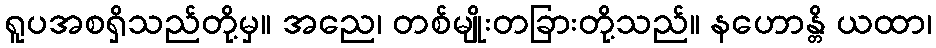
ရူပအစရှိသည်တို့မှ။ အညေ၊ တစ်မျိုးတခြားတို့သည်။ နဟောန္တိ ယထာ၊